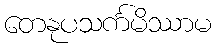
တေနုပသင်္ကမိဿာမ